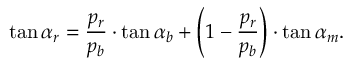
\tan \alpha _ { r } = { \frac { p _ { r } } { p _ { b } } } \cdot \tan \alpha _ { b } + \left( 1 - { \frac { p _ { r } } { p _ { b } } } \right) \cdot \tan \alpha _ { m } .